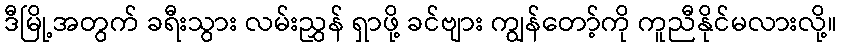
ဒီမြို့အတွက် ခရီးသွား လမ်းညွှန် ရှာဖို့ ခင်ဗျား ကျွန်တော့်ကို ကူညီနိုင်မလားလို့။